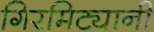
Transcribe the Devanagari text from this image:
गिरमिट्यानी